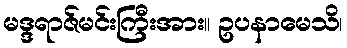
မဒ္ဒရာဇ်မင်းကြီးအား။ ဥပနာမေသိ၊